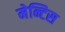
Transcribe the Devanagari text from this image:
मेन्टिस